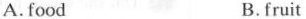
A.food B.fruit